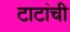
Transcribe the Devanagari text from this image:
टाटांची